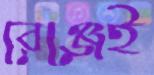
রেঞ্জেই